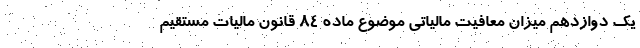
یک دوازدهم میزان معافیت مالیاتی موضوع ماده ۸۴ قانون مالیات مستقیم